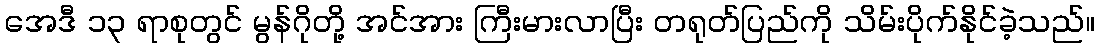
အေဒီ ၁၃ ရာစုတွင် မွန်ဂိုတို့ အင်အား ကြီးမားလာပြီး တရုတ်ပြည်ကို သိမ်းပိုက်နိုင်ခဲ့သည်။